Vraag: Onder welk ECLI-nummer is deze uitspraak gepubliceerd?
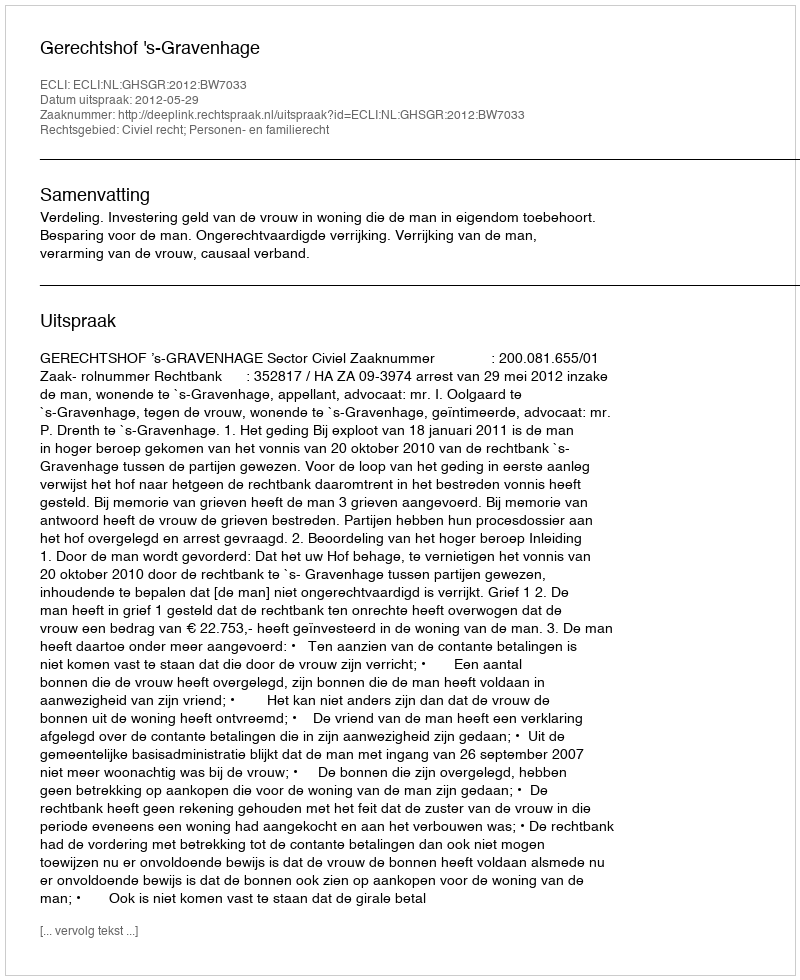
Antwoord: ECLI:NL:GHSGR:2012:BW7033